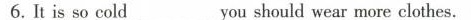
6.Itis so cold__you should wear more clothes.